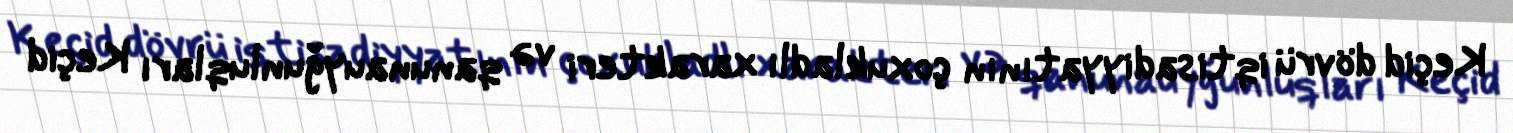
Keçid dövrü iqtisadiyyatının çoxukladlı xarakteri və qanunauyğunluqları Keçid